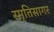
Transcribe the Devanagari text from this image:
स्मृतिसागर